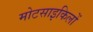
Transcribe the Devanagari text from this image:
मोटसाइकिलों